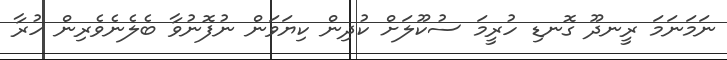
ނަމަނަމަ ރީނދޫ ގޮނޑި ހުރީމަ ސުކޫލަށް ކުދިން ކިޔަވަން ނުފޮނުވާ ބެލެނެވެރިން ހުރާ